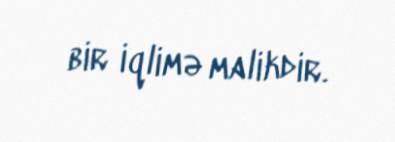
bir iqlimə malikdir.